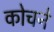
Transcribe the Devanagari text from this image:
कोचने